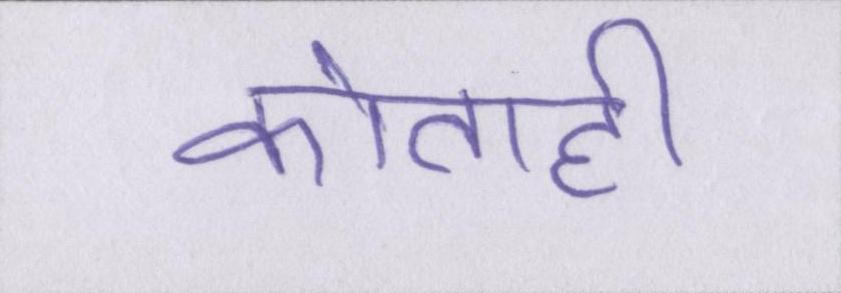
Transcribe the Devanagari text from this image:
कोताही